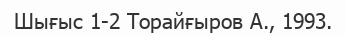
Шығыс 1-2 Торайғыров А., 1993.